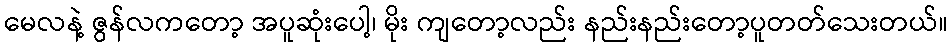
မေလနဲ့ ဇွန်လကတော့ အပူဆုံးပေါ့၊ မိုး ကျတော့လည်း နည်းနည်းတော့ပူတတ်သေးတယ်။